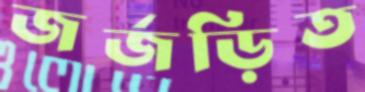
জর্জড়িত